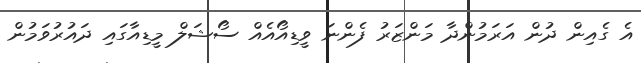
އެ ގެއިން ދުން އަރަމުންދާ މަންޒަރު ފެންނަ ވީޑިއޯއެއް ސޯޝަލް މީޑިއާގައި ދައުރުވަމުން